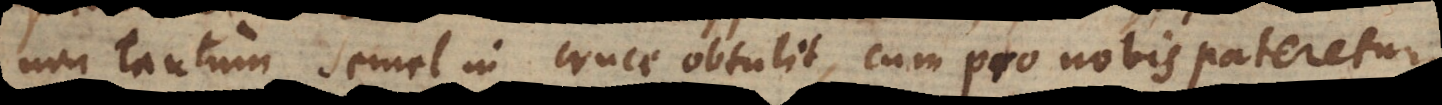
non tantum semel in cruce obtulit, cum pro nobis pateretur,